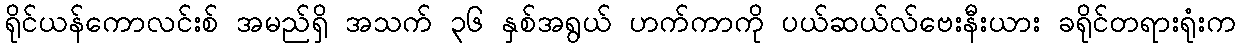
ရိုင်ယန်ကောလင်းစ် အမည်ရှိ အသက် ၃၆ နှစ်အရွယ် ဟက်ကာကို ပယ်ဆယ်လ်ဗေးနီးယား ခရိုင်တရားရုံးက